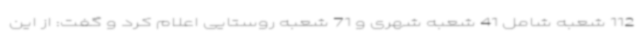
112 شعبه شامل 41 شعبه شهری و 71 شعبه روستایی اعلام کرد و گفت: از این